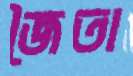
জৈতা